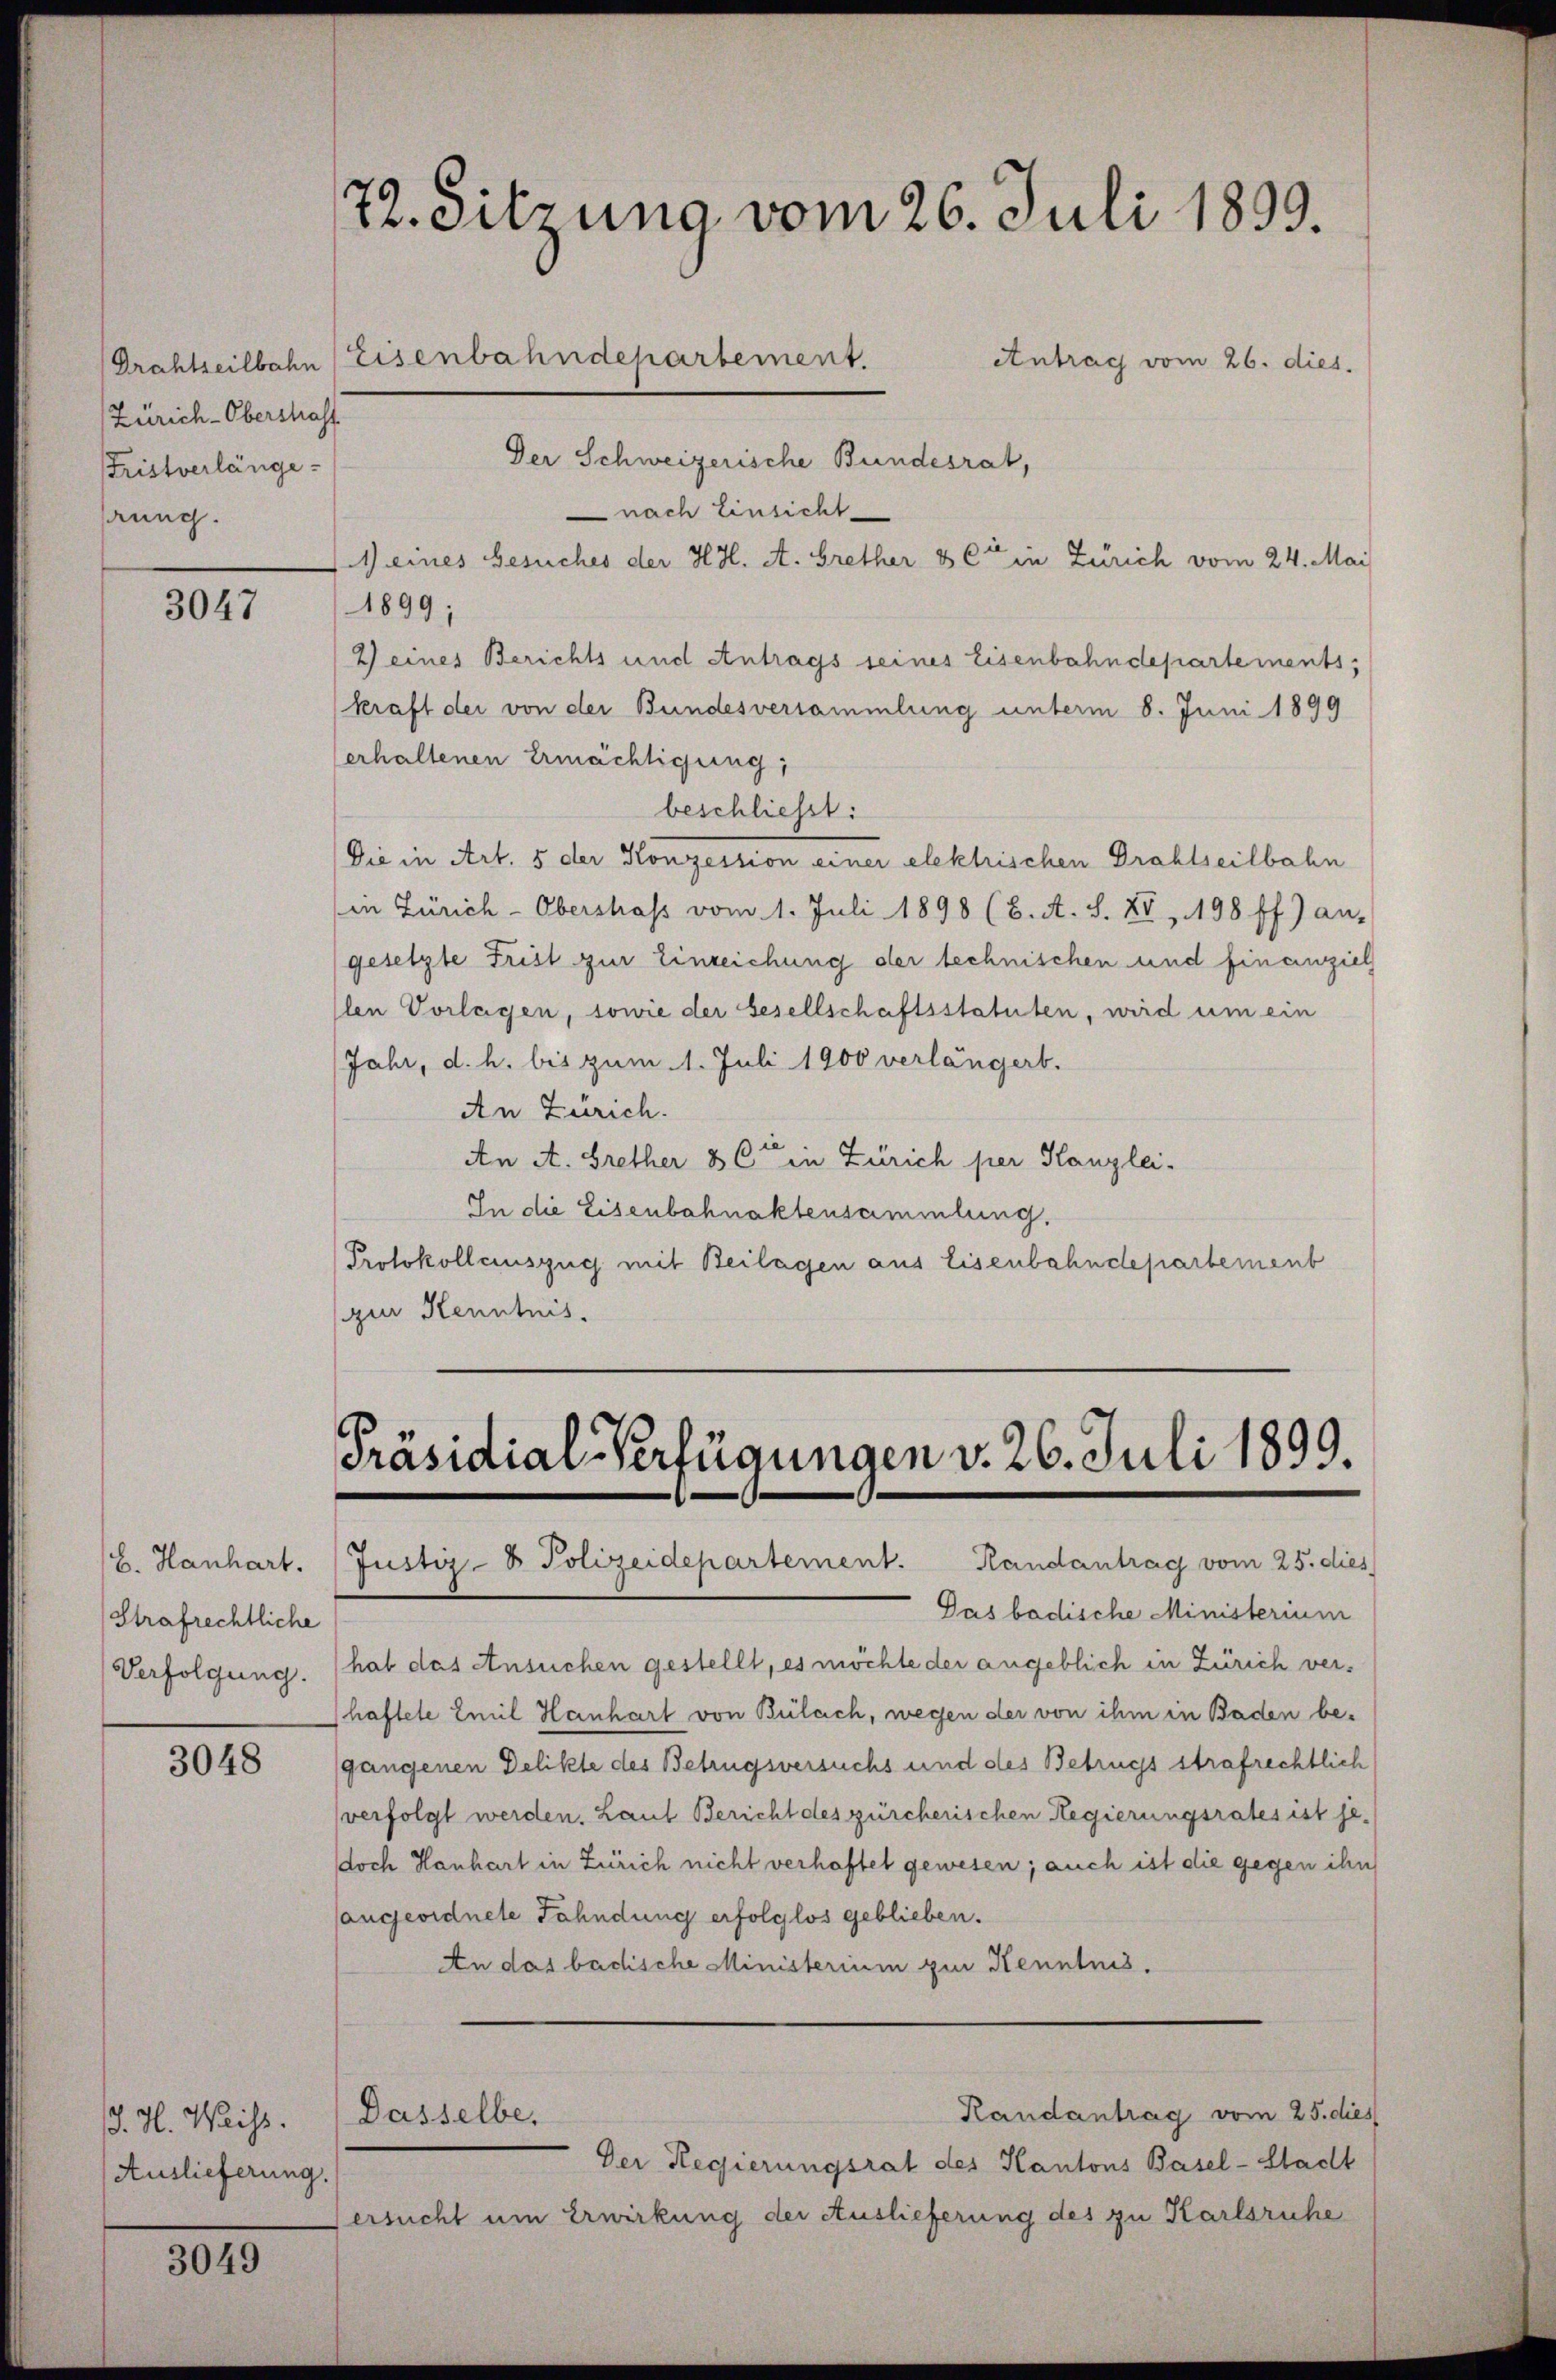
Zürich-Oberstraff
Fristverlänge
ung.

3047

B. Hanhart.
Strafrechtliche
Verfolgung.

3048

. H. Weiss.
Auslieferung.

3049

72. Sitzung vom 26. Juli 1899.
Drahteilbahn (Eisenbahndepartement.
Antrag vom 26. dies.

Der Schweizerische Bundesrat,
nach Einsicht
M eines Gesuches der HH. A. Grether & Cie in Zürich vom 24. Mai
1899;
2) eines Berichts und Antrags seines Eisenbahndepartements,
kraft der von der Bundesversammlung unterm 8. Juni 1899
erhaltenen Ermächtigung;
beschließt:
Die in Art. 5 der Konzession einer elektrischen Drahtseilbahn
in Zürich-Oberstraf vom 1. Juli 1898 (2. A. S. XV, 198 ff.) an-
gesetzte Frist zur Einreichung der technischen und finanziel
len Vorlagen, sowie der Gesellschaftsstatuten, wird um ein
Jahr, d. h. bis zum 1. Juli 1900 verlängert.
An Zürich.
An A. Brether 86 in Zürich per Kanzlei-
In die Eisenbahnaktensammlung.
Protokollauszug mit Beilagen aus Eisenbahndepartement
zur Kenntnis.

Präsidial-Verfügungen v. 26. Juli 1899.
Justiz- & Polizeidepartement. Handantrag vom 25. dies

Gas badische Ministerium
hat das Ansuchen gestellt, es möchte der angeblich in Zürich verhaftete Emil Hanhart von Bülach, wegen der von ihm in Baden be-
gangenen Delikte des Betrugsversuchs und des Betrugs strafrechtlich
verfolgt werden. Laut Bericht des zürcherischen Regierungsrates ist jedoch Hanhart in Zürich nicht verhaftet gewesen; auch ist die gegen ihn
sangeordnete Fahndung erfolglos geblieben.
An das badische Ministerium zur Kenntnis.
Kandantrag vom 25. dies
Dasselbe.
Der Regierungsrat des Kantons Basel-Stadt
Versucht um Erwirkung der Auslieferung des zu Karlsruhe